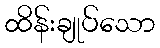
ထိန်းချုပ်သော